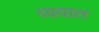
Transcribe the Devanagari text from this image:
व्ययात